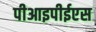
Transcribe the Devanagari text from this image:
पीआइपीईएस